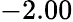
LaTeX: -2.00